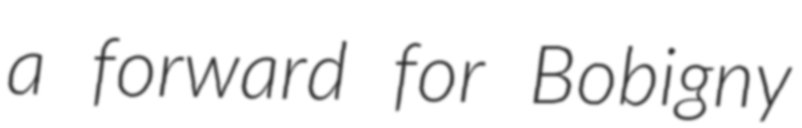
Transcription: a forward for Bobigny